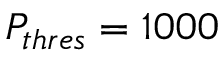
P _ { t h r e s } = 1 0 0 0